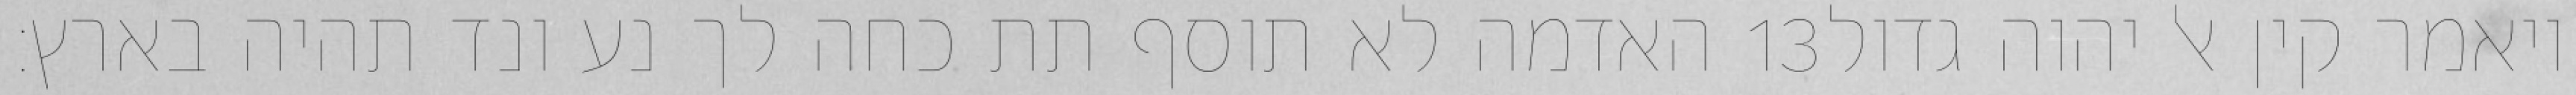
האדמה לא תוסף תת כחה לך נע ונד תהיה בארץ׃ ‎13‏ ויאמר קין אל יהוה גדול